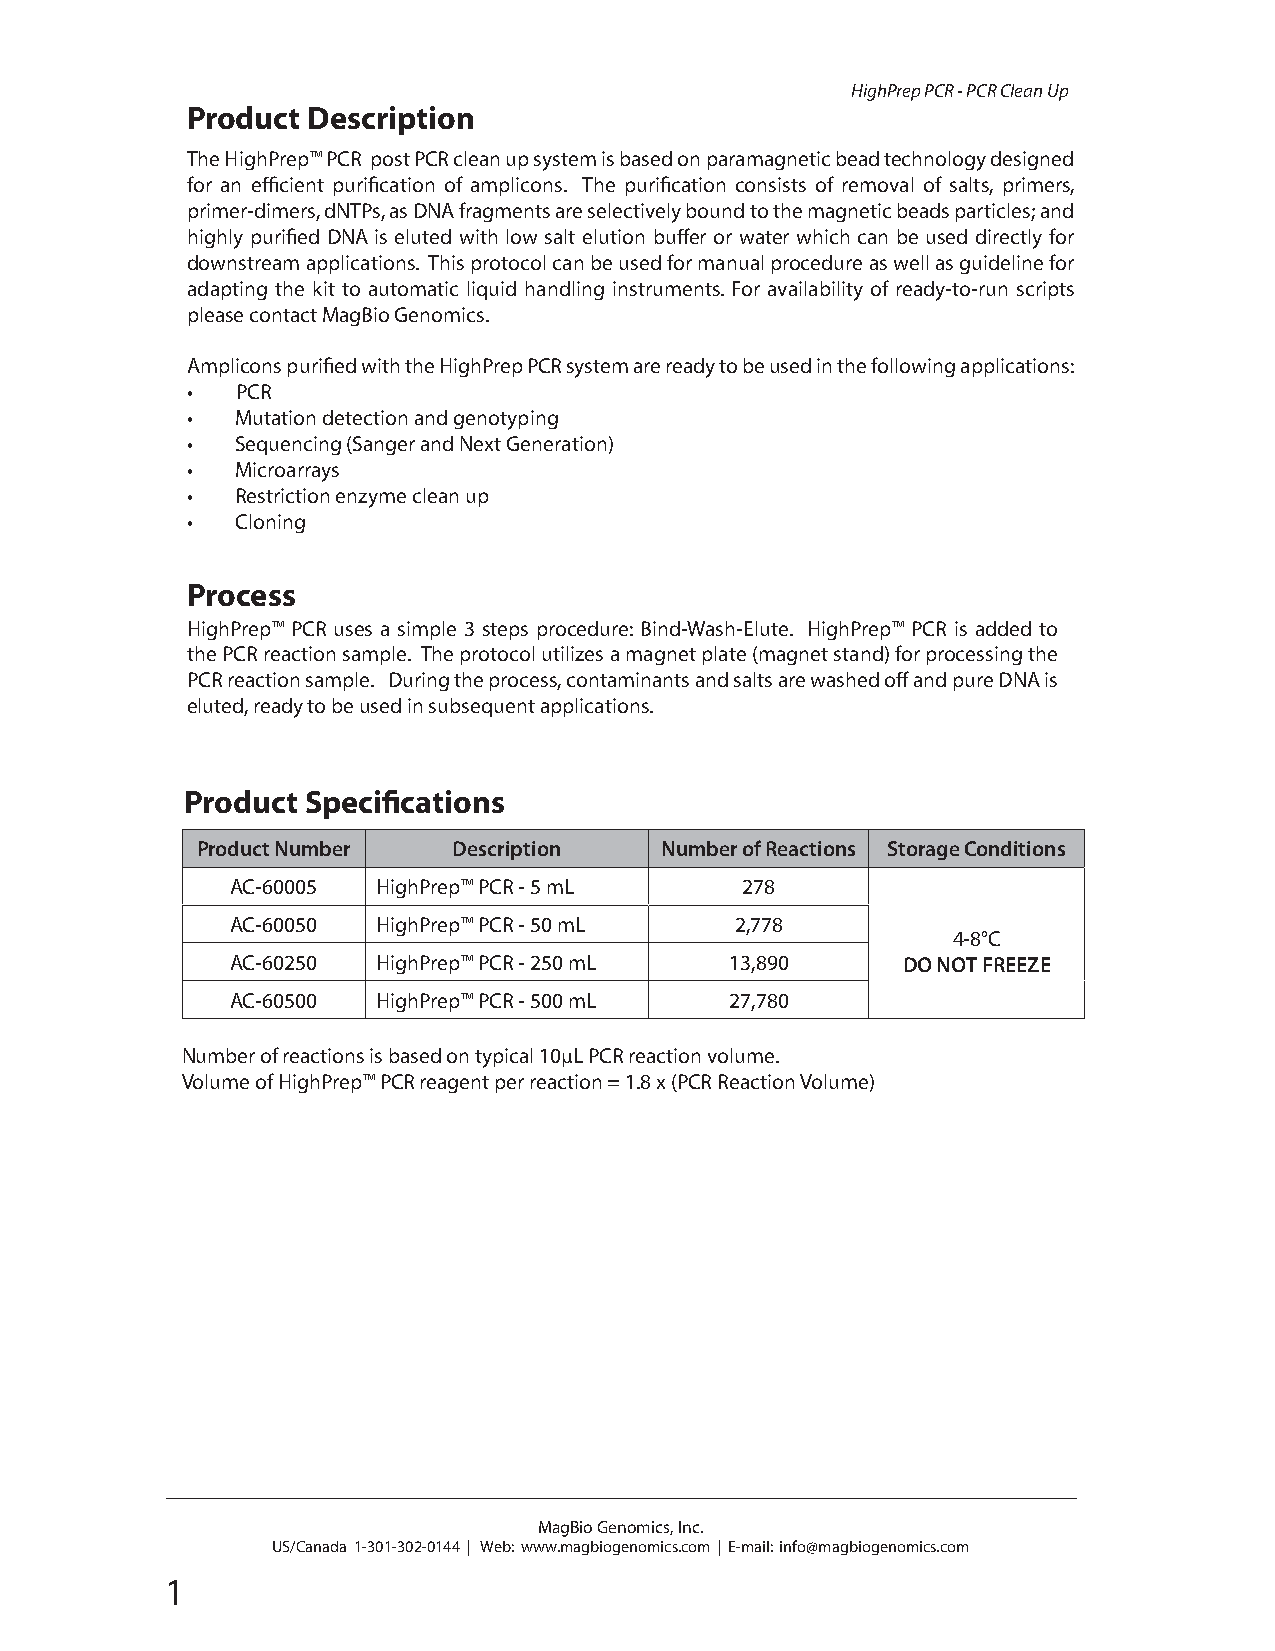
HighPrep PCR - PCR Clean Up
 Product Description
 The HighPrep™ PCR post PCR clean up system is based on paramagnetic bead technology designed
 for an effi cient purifi cation of amplicons. The purifi cation consists of removal of salts, primers,
 primer-dimers, dNTPs, as DNA fragments are selectively bound to the magnetic beads particles; and
 highly purifi ed DNA is eluted with low salt elution buff er or water which can be used directly for
 downstream applications. This protocol can be used for manual procedure as well as guideline for
 adapting the kit to automatic liquid handling instruments. For availability of ready-to-run scripts
 please contact MagBio Genomics.
 Amplicons purifi ed with the HighPrep PCR system are ready to be used in the following applications:
 •   PCR
 •   Mutation detection and genotyping
 •   Sequencing (Sanger and Next Generation)
 •   Microarrays
 •   Restriction enzyme clean up
 •   Cloning
 Process
 HighPrep™ PCR uses a simple 3 steps procedure: Bind-Wash-Elute. HighPrep™ PCR is added to
 the PCR reaction sample. The protocol utilizes a magnet plate (magnet stand) for processing the
 PCR reaction sample. During the process, contaminants and salts are washed off and pure DNA is
 eluted, ready to be used in subsequent applications.
 Product Specifi cations
 Product Number   Description   Number of Reactions Storage Conditions
 AC-60005  HighPrep™ PCR - 5 mL    278
 AC-60050  HighPrep™ PCR - 50 mL   2,778
 4-8°C
 AC-60250  HighPrep™ PCR - 250 mL 13,890      DO NOT FREEZE
 AC-60500  HighPrep™ PCR - 500 mL 27,780
 Number of reactions is based on typical 10μL PCR reaction volume.
 Volume of HighPrep™ PCR reagent per reaction = 1.8 x (PCR Reaction Volume)
 MagBio Genomics, Inc.
 US/Canada 1-301-302-0144 | Web: www.magbiogenomics.com | E-mail: info@magbiogenomics.com
 1